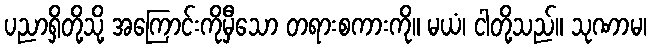
ပညာရှိတို့သို့ အကြောင်းကိုမှီသော တရားစကားကို။ မယံ၊ ငါတို့သည်။ သုဏာမ၊